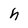
Character: h